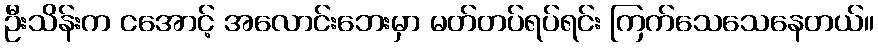
ဦးသိန်းက ငအောင့် အလောင်းဘေးမှာ မတ်တပ်ရပ်ရင်း ကြက်သေသေနေတယ်။